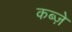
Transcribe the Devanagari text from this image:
कब्‍ज़े